Tezpur Lunatic Asylum reports 1895-1904 - 1895-1904
Year: 1895
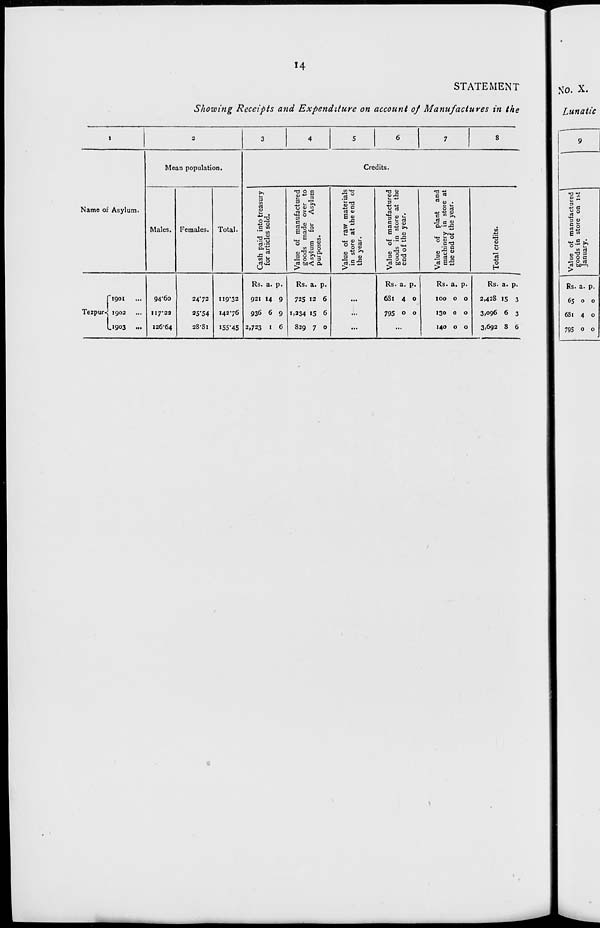
14
STATEMENT
Showing Receipts and Expenditure on account of Manufactures in the
I
2
3
4
5
6
7
S
Mean population.
Credits.
>>
•OOC
i*
»o u
tf o.
O
c in
5 «-">»
§•§
3
Name of Asylum.
Males. Females. Total.
manufac
ade ove
for As
E <u
2 «»
manufac
store a
e year.
plant
y in sto
t the yea
M
•Is
0
ES
w 0) "3
° o 5)
0
w
C 13
•a V
cur
^5 3 2
o"Or. ft
1)« ^
.So
o'ijj S
<J
•5 u
3 2 ,Vh
3
<D
B OT3
9 3c
a
«s 0 2 3
rt >y)< a.
^.S5
— O C
5 E£
0
U
>
>
>
H
Rs. a. P«
Rs. a. p.
Rs. a. p.
Rs. a. p.
Rs. a. p.
figoi
Terpur^ 1902
L1903 •••
94 # 6o
2472
119/32
921 14 9
725 12 6
...
681 4 0
100 0 0
2,428 15 3
H7'2a
2S'54
14276
936 6 9 1,234 «5 6
...
795 0 0
130 0 0
3,096 6 3
126-64
28-Si
155-45 2,723 1 6
829 7 0
...
...
140 0 0
3,692 8 6
No. X.
Lunatic
9
•0
u
.«
3 a
O 0
D V
c 0
E to
"o
t/i d
■a 3
0 a
0 a
rt ba—)
>
Rs a. P-
65 0 0
681 4 0
795 0 0